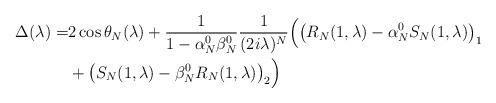
LaTeX: \begin{align*}\Delta(\lambda)=& 2\cos \theta_N(\lambda)+ \frac{1}{1-\alpha_N^0\beta_N^0}\frac{1}{(2i\lambda)^N}\Big(\big(R_N(1,\lambda)-\alpha_N^0S_N(1,\lambda)\big)_1\\& +\big (S_N(1,\lambda)-\beta_N^0 R_N(1,\lambda)\big)_2\Big)\end{align*}